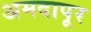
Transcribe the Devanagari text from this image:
अमदापूर